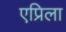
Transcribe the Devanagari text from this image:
एप्रिला